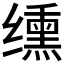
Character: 𫄸